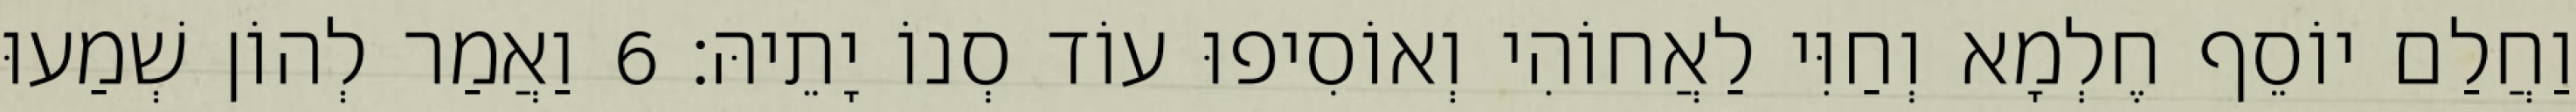
וַחֲלַם יוֹסֵף חֶלְמָא וְחַוִּי לַאֲחוֹהִי וְאוֹסִיפוּ עוֹד סְנוֹ יָתֵיהּ׃ 6 וַאֲמַר לְהוֹן שְׁמַעוּ